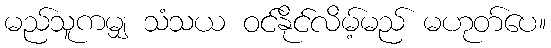
မည်သူကမျှ သံသယ ဝင်နိုင်လိမ့်မည် မဟုတ်ပေ။